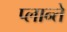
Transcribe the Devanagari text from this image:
प्लान्ते